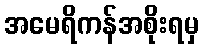
အမေရိကန်အစိုးရမှ